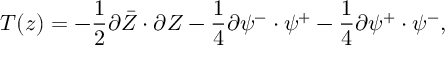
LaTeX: T ( z ) = - \frac { 1 } { 2 } \partial \bar { Z } \cdot \partial Z - \frac { 1 } { 4 } \partial { \psi } ^ { - } \cdot \psi ^ { + } - \frac { 1 } { 4 } \partial \psi ^ { + } \cdot { \psi } ^ { - } , \nonumber